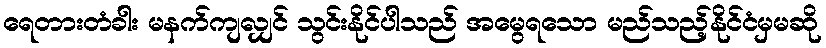
ရေတားတံခါး မနက်ကျလျှင် သွင်းနိုင်ပါသည် အမွေရသော မည်သည့်နိုင်ငံမှမဆို